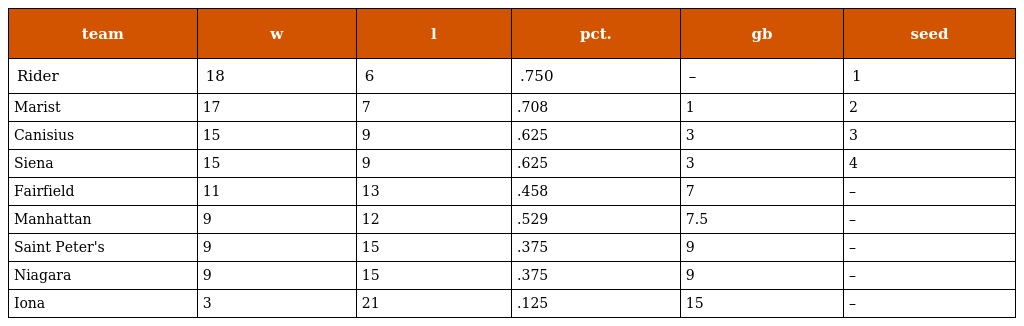
| team | w | l | pct. | gb | seed |
 | --- | --- | --- | --- | --- | --- |
 | Rider | 18 | 6 | .750 | – | 1 |
 | Marist | 17 | 7 | .708 | 1 | 2 |
 | Canisius | 15 | 9 | .625 | 3 | 3 |
 | Siena | 15 | 9 | .625 | 3 | 4 |
 | Fairfield | 11 | 13 | .458 | 7 | – |
 | Manhattan | 9 | 12 | .529 | 7.5 | – |
 | Saint Peter's | 9 | 15 | .375 | 9 | – |
 | Niagara | 9 | 15 | .375 | 9 | – |
 | Iona | 3 | 21 | .125 | 15 | – |